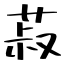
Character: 菽